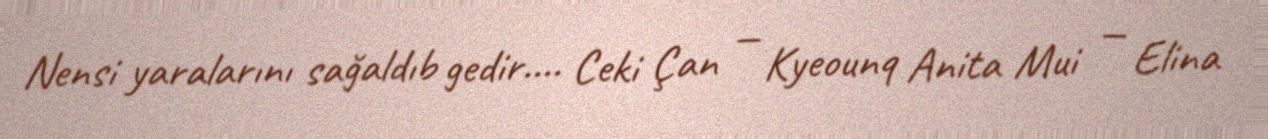
Nensi yaralarını sağaldıb gedir.... Ceki Çan — Kyeounq Anita Mui — Elina